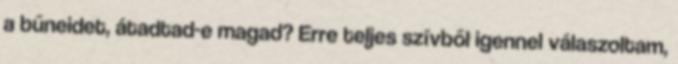
a bűneidet, átadtad-e magad? Erre teljes szívből igennel válaszoltam,